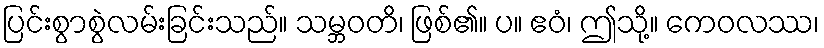
ပြင်းစွာစွဲလမ်းခြင်းသည်။ သမ္ဘဝတိ၊ ဖြစ်၏။ ပ။ ဧဝံ၊ ဤသို့။ ကေဝလဿ၊